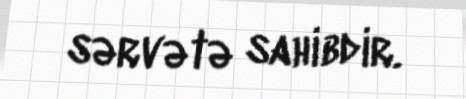
sərvətə sahibdir.